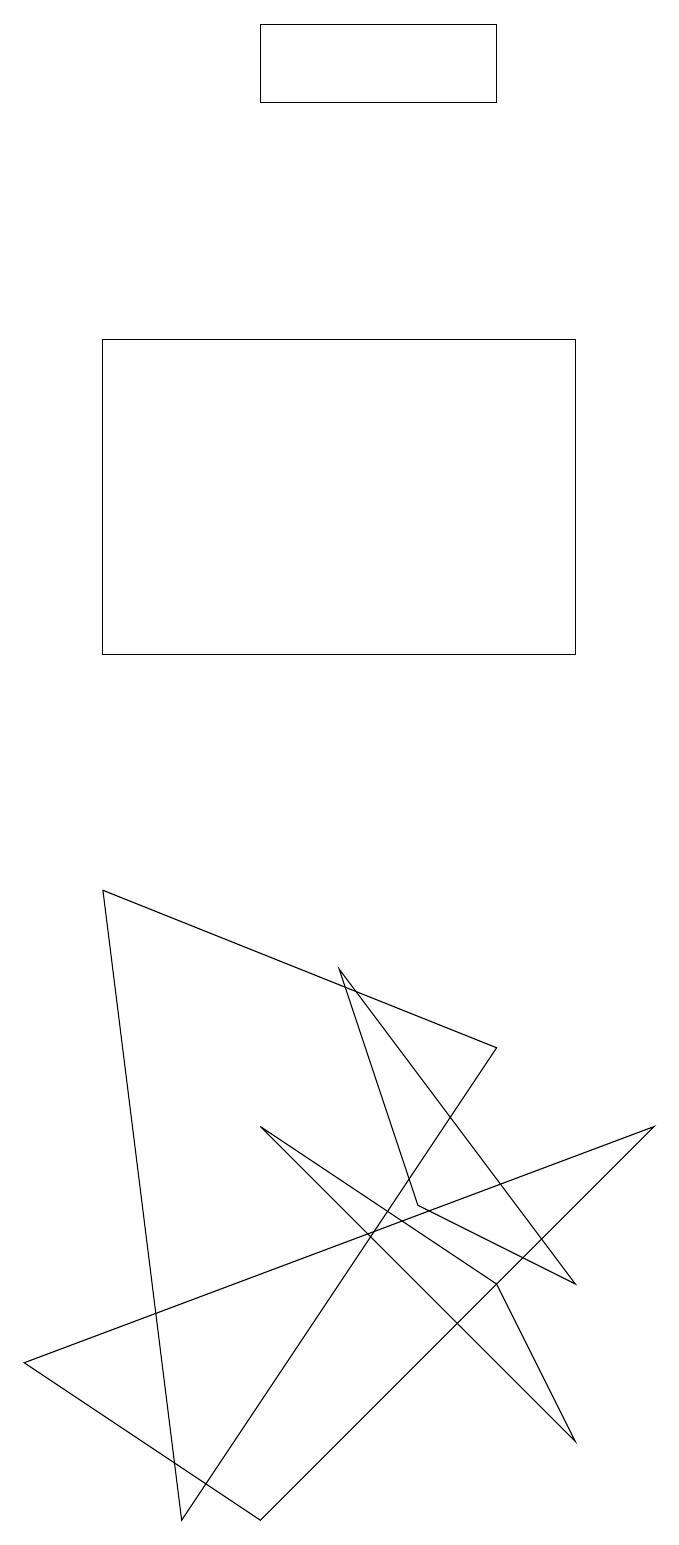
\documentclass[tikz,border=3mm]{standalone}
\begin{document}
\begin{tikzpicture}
\draw (2,11) rectangle (8,15);
\draw (5,7) -- (8,3) -- (6,4) -- cycle;
\draw (1,2) -- (4,0) -- (9,5) -- cycle;
\draw (2,8) -- (7,6) -- (3,0) -- cycle;
\draw (8,1) -- (7,3) -- (4,5) -- cycle;
\draw (7,19) rectangle (4,18);
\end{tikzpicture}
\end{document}